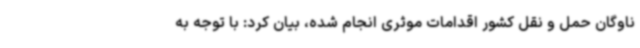
ناوگان حمل و نقل کشور اقدامات موثری انجام شده، بیان کرد: با توجه به